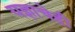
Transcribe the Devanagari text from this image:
यज्ञाचेही